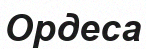
Ордеса